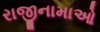
રાજીનામાઓ